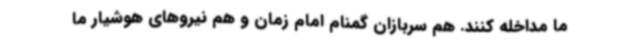
ما مداخله کنند. هم سربازان گمنام امام زمان و هم نیروهای هوشیار ما